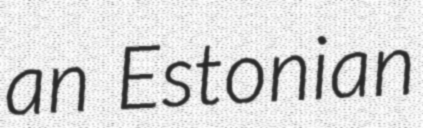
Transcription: an Estonian